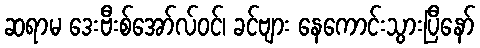
ဆရာမ ဒေးဗီးစ်အော်လ်ဝင်၊ ခင်ဗျား နေကောင်းသွားပြီနော်